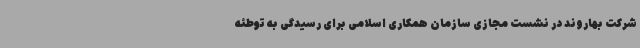
شرکت بهاروند در نشست مجازی سازمان همکاری اسلامی برای رسیدگی به توطئه